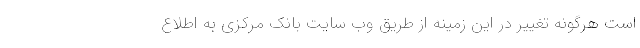
است هرگونه تغییر در این زمینه از طریق وب سایت بانک مرکزی به اطلاع